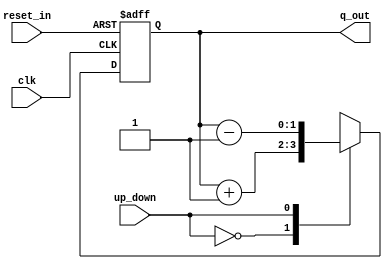
`timescale 1ns / 1ps
//////////////////////////////////////////////////////////////////////////////////
// Company: 
// Engineer: 
// 
// Design Name: 
// Module Name: lab31_updown_count_2bit
// Project Name: 
// Target Devices: 
// Tool Versions: 
// Description: 
// 
// Dependencies: 
// 
// Revision:
// Revision 0.01 - File Created
// Additional Comments:
// 
//////////////////////////////////////////////////////////////////////////////////


module lab31_updown_count_2bit(
                                    input clk,
                                    input reset_in, 
                                    input up_down,
                                    output reg [1:0]q_out
    );
always @(posedge clk or negedge reset_in)    
begin
        if(!reset_in)
            begin
                q_out <= 2'b00;
            end
         else
         case(up_down)
         
         1'b0 : q_out <= q_out + 1;
         1'b1 : q_out <= q_out - 1;        
         
         endcase


end   
endmodule